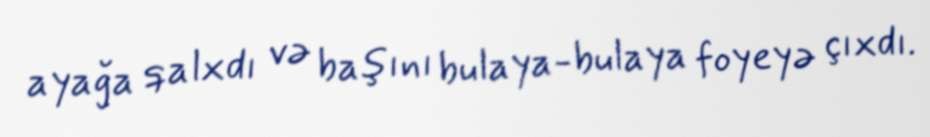
ayağa qalxdı və başını bulaya-bulaya foyeyə çıxdı.